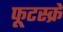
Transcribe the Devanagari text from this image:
फूटस्क्रे